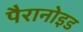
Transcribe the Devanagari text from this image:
पैरानोइड